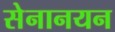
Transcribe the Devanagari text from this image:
सेनानयन